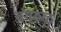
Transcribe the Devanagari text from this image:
बंगरुळु